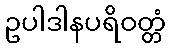
ဥပါဒါနပရိဝတ္တံ